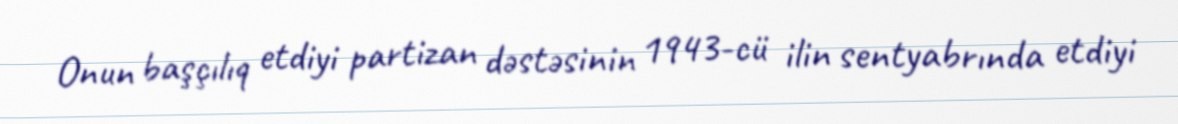
Onun başçılıq etdiyi partizan dəstəsinin 1943-cü ilin sentyabrında etdiyi